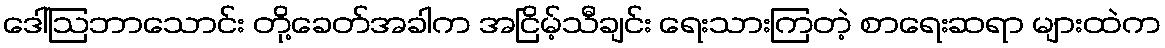
ဒေါ်ဩဘာသောင်း တို့ခေတ်အခါက အငြိမ့်သီချင်း ရေးသားကြတဲ့ စာရေးဆရာ များထဲက